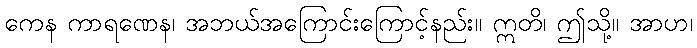
ကေန ကာရဏေန၊ အဘယ်အကြောင်းကြောင့်နည်း။ ဣတိ၊ ဤသို့။ အာဟ၊